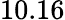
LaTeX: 10.16